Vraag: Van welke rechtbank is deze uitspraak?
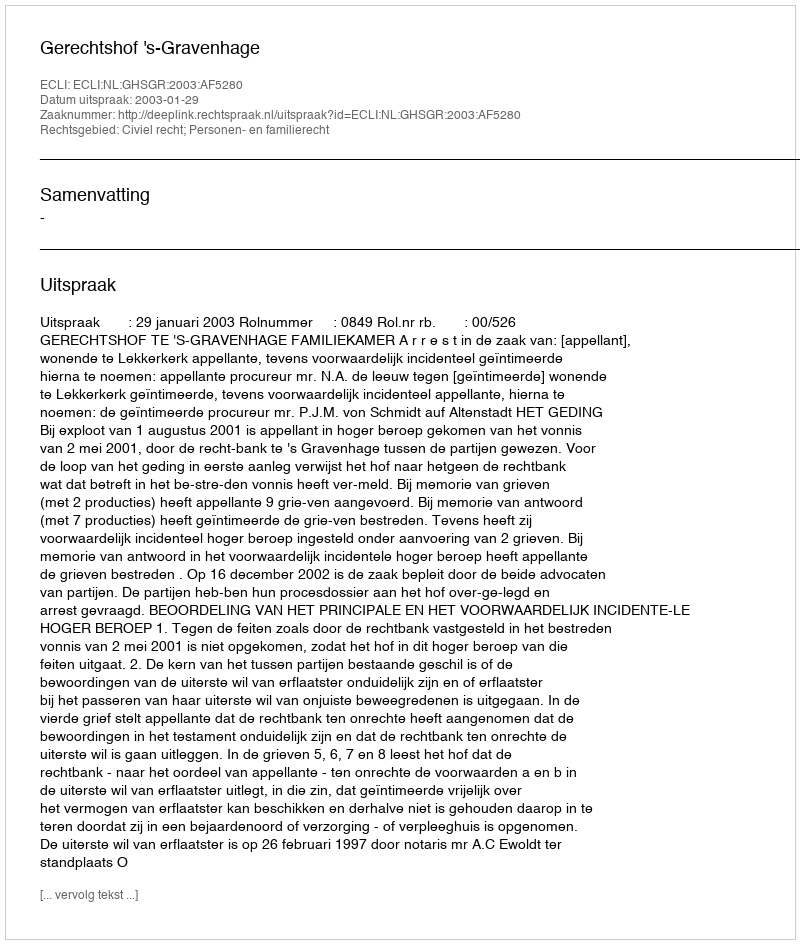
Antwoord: Gerechtshof 's-Gravenhage